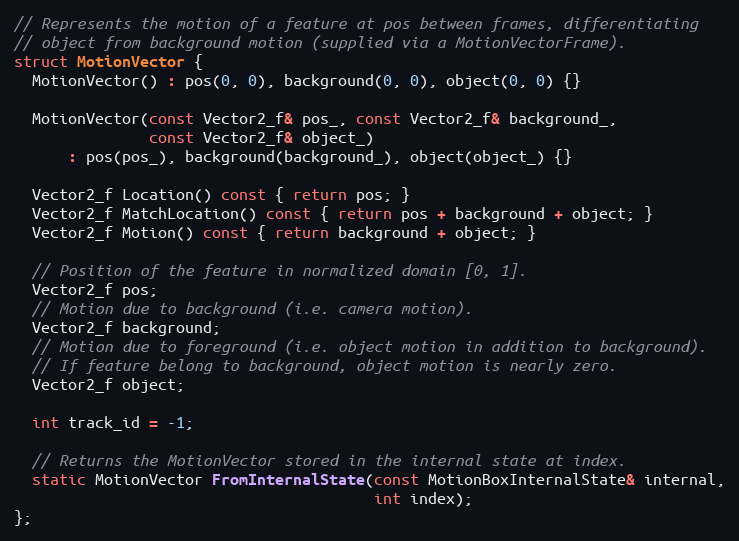
Language: C
// Represents the motion of a feature at pos between frames, differentiating
// object from background motion (supplied via a MotionVectorFrame).
struct MotionVector {
  MotionVector() : pos(0, 0), background(0, 0), object(0, 0) {}

  MotionVector(const Vector2_f& pos_, const Vector2_f& background_,
               const Vector2_f& object_)
      : pos(pos_), background(background_), object(object_) {}

  Vector2_f Location() const { return pos; }
  Vector2_f MatchLocation() const { return pos + background + object; }
  Vector2_f Motion() const { return background + object; }

  // Position of the feature in normalized domain [0, 1].
  Vector2_f pos;
  // Motion due to background (i.e. camera motion).
  Vector2_f background;
  // Motion due to foreground (i.e. object motion in addition to background).
  // If feature belong to background, object motion is nearly zero.
  Vector2_f object;

  int track_id = -1;

  // Returns the MotionVector stored in the internal state at index.
  static MotionVector FromInternalState(const MotionBoxInternalState& internal,
                                        int index);
};